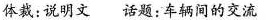
体裁:说明文 话题:车辆间的交流